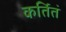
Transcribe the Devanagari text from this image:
कर्तितं